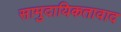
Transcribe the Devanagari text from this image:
सामुदायिकतावाद